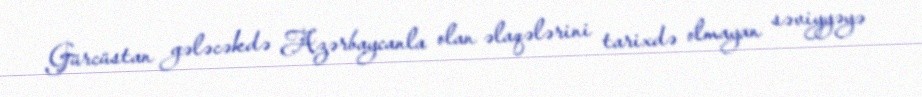
Gürcüstan gələcəkdə Azərbaycanla olan əlaqələrini tarixdə olmayan səviyyəyə